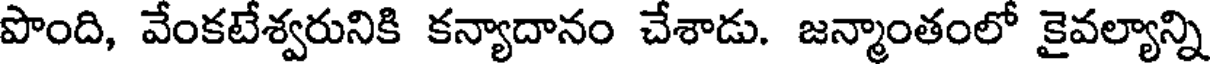
పొంది, వేంకటేశ్వరునికి కన్యాదానం చేశాడు. జన్మాంతంలో కైవల్యాన్ని